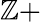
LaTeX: \mathbb{Z}+